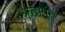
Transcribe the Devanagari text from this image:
श्रद्धापूर्व